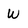
Character: W